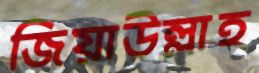
জিয়াউল্লাহ